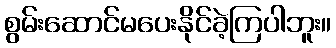
စွမ်းဆောင်မပေးနိုင်ခဲ့ကြပါဘူး။